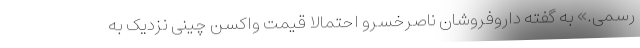
رسمی.» به گفته داروفروشان ناصرخسرو احتمالا قیمت واکسن چینی نزدیک به